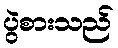
ပွဲစားသည်